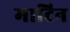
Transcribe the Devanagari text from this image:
माटिन